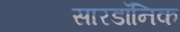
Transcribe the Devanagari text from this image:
सारडॉनिक